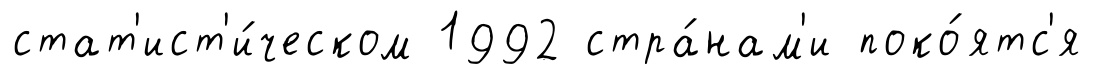
стат'ист'и́ческом 1992 стра́нам'и поко́ятс'я